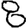
Digit: 8